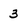
Character: 3